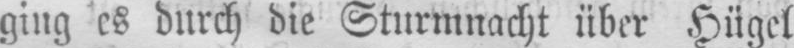
ging es durch die Sturmnacht über Hügel